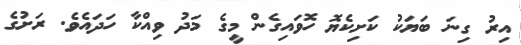
އިރު ގިނަ ބަޔަކު ކަށިކެޔޮ ހޮވައިގެން މީގެ މަދު ވިއްކާ ހަދައެވެ. ރަށުގެ